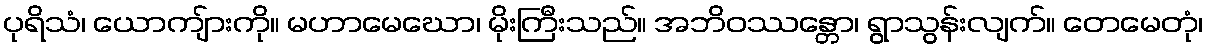
ပုရိသံ၊ ယောကျ်ားကို။ မဟာမေဃော၊ မိုးကြီးသည်။ အဘိဝဿန္တော၊ ရွာသွန်းလျက်။ တေမေတုံ၊